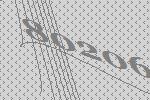
80206